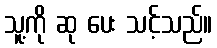
သူ့ကို ဆု ပေး သင့်သည်။